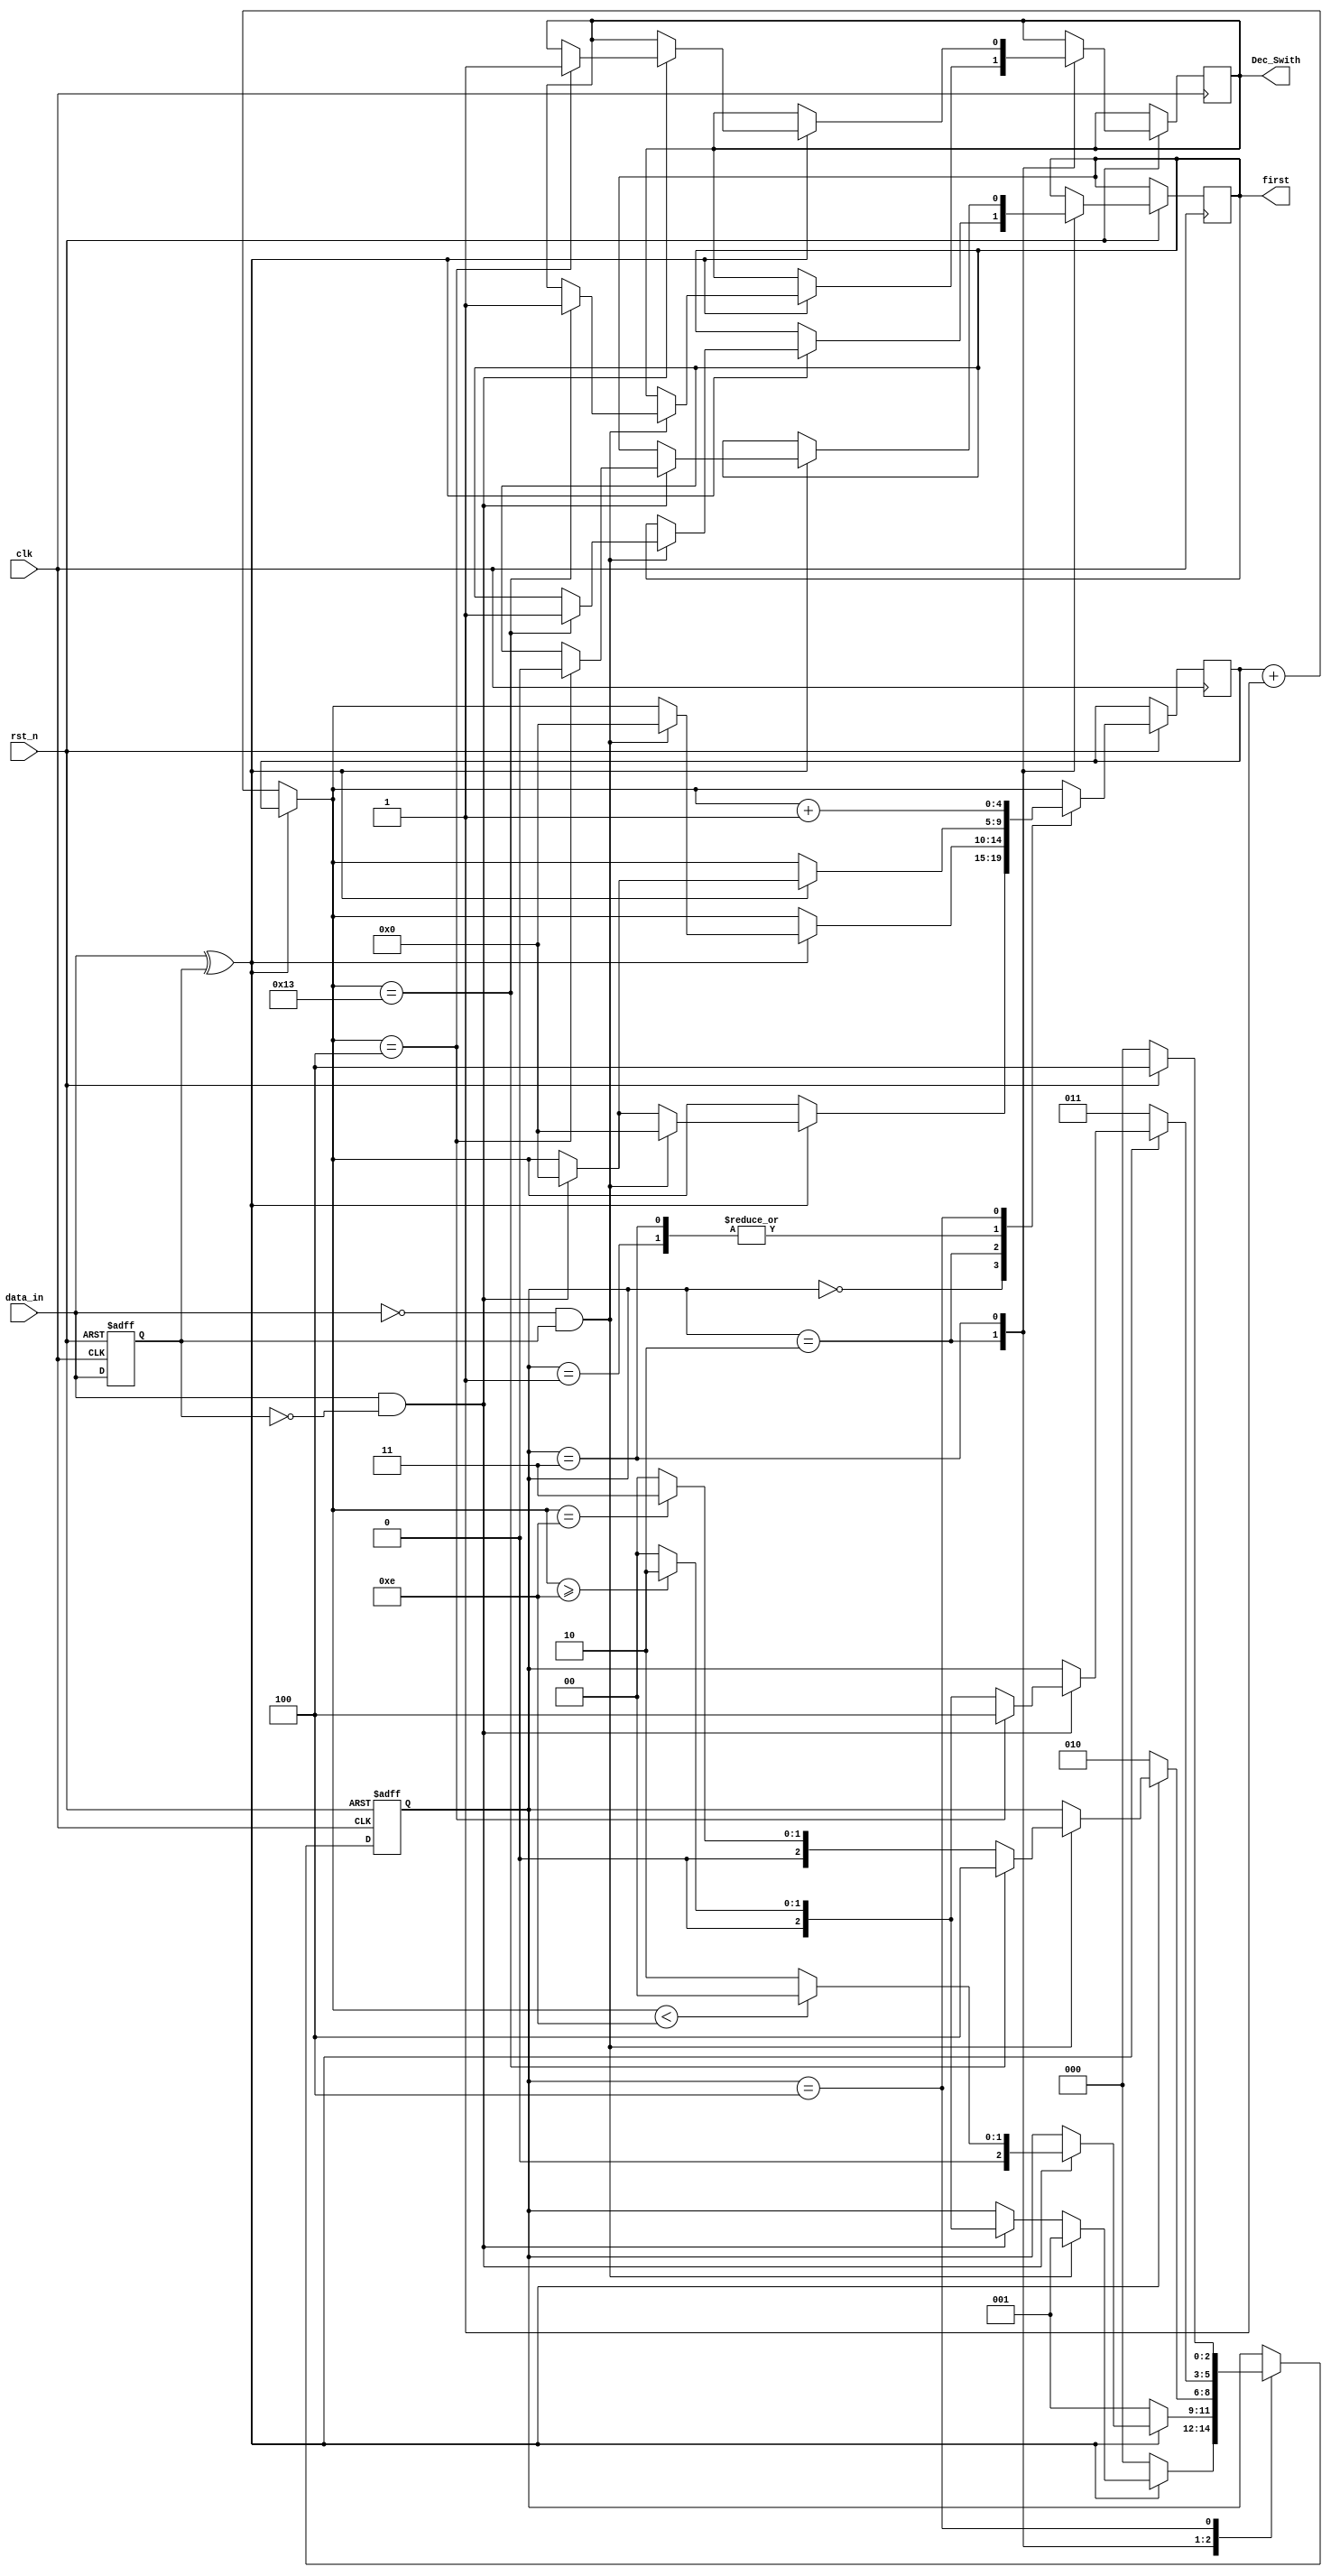
module edge_detect(input clk, 
                   input data_in, 
                   input rst_n,
                   output Dec_Swith,
                   output first );

parameter Start=3'b000;
parameter Fall=3'b001;
parameter Raise=3'b010;
parameter Judge=3'b011;
parameter Detect=3'b100;
parameter limit=14;
          

reg data_in_d1;
reg data_in_d2;
reg raising;
reg falling;
reg same;
reg [2:0] state;
reg [4:0] number;
reg Dec;
reg first_Sign;
assign Dec_Swith=Dec;
assign first=first_Sign;

initial
  begin
   data_in_d1=0;
   data_in_d2=0;
   raising=0;
   falling=0;
   number=5'b00000;
   state=3'b000;
   same=0;
   Dec=0;
   first_Sign=0;
  end



always @ (posedge clk or negedge rst_n)
          if(!rst_n)
             begin data_in_d1 = 1'b0; 
                   data_in_d2 = 1'b0;
                   state=Start;
                 end 
          else
        begin 
            data_in_d2 = data_in_d1;
            data_in_d1 = data_in;        
            raising=data_in_d1&(~data_in_d2);
            falling=(~data_in_d1)&data_in_d2;
            same=~(data_in_d1^data_in_d2);
            
            if(same) number=number+1;  
               

            case(state)
              Start:if(same) state=Start;
                    else if(falling)  begin
                                   state=Fall;
                                   number=0;
                                 end
                    else if(raising) begin
                                      if(number>=limit) begin
                                                       state=Raise;
                                                       number=0;
                                                     end
                                      else begin 
                                             state=Start;
                                             number=0;
                                      end
                                      end
                                          
              Fall: if(same) state=Fall;
                    else if(raising) begin
                                   if(number<limit) begin
                                                     state=Start;
                                                     number=0;
                                                 end
                                   else begin
                                           state=Raise;
                                           number=0;
                                   end
                                 end

              Raise:if(same) state=Raise; 
                    else if(falling) begin                             
                                  if(number==(limit+5))
                                              begin
                                                state= Detect;
                                                number=0;
                                                first_Sign=1;
                                                Dec=1;
                                              end

                                  else if(number==limit) 
                                              begin
                                                state=Judge;
                                                number=0;
                                              end
                                  else  begin
                                            state=Start;
                                            number=0;
                                        end
                                  end

              Judge: if(same) state=Judge;
                     else if(raising) begin
                                 if(number==(limit-10))
                                         begin
                                           state=Detect;
                                           number=0;
                                           first_Sign=0;
                                           Dec=1;
                                         end
                                  else if(number>=limit)
                                         begin
                                           state=Raise;
                                           number=0;
                                         end
                                  else begin
                                          state=Start;
                                          number=0;
                                       end
                                 end

               Detect: 
                       if(!rst_n) begin
                                    state=Start;
                                    number=0;
                                    Dec=0;
                                  end
                       else  begin 
                                state=Detect;
                                number=number+1;
                                    
                             end
                             
        endcase
   end
                                          
                                                                  
endmodule